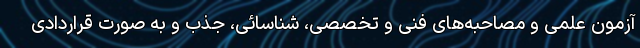
آزمون علمی و مصاحبه‌های فنی و تخصصی، شناسائی، جذب و به صورت قراردادی